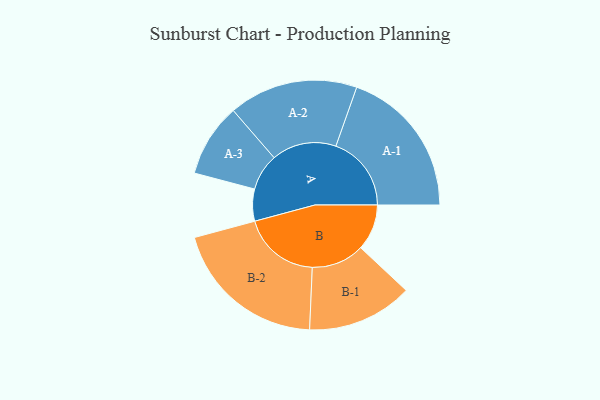
{"axis": {"x": "Segment", "y": "Value"}, "legend": ["", "A", "B"], "data": [{"x": "A", "y": 109, "type": ""}, {"x": "B", "y": 157, "type": ""}, {"x": "A-1", "y": 257, "type": "A"}, {"x": "A-2", "y": 220, "type": "A"}, {"x": "A-3", "y": 125, "type": "A"}, {"x": "B-1", "y": 180, "type": "B"}, {"x": "B-2", "y": 264, "type": "B"}]}